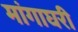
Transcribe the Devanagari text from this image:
मांगाघरी